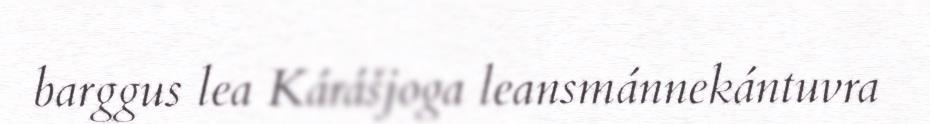
barggus lea Kárášjoga leansmánnekántuvra